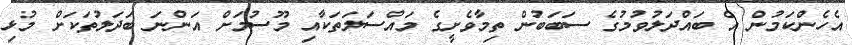
އެހެންކަމުން އެ ބައްދަލުވުމުގެ ސަބަބުން ތިމާވެށީގެ މައްސަލަތަކާއި މޫސުމަށް އަންނަ ބަދަލުތަކަށް މުޅި